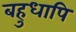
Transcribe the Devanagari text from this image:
बहुधापि